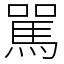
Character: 駡